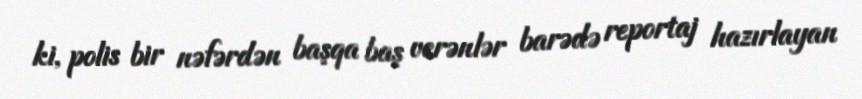
ki, polis bir nəfərdən başqa baş verənlər barədə reportaj hazırlayan